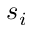
s _ { i }